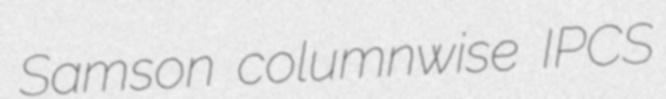
Samson columnwise IPCS